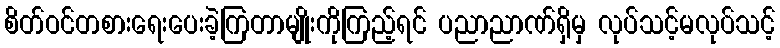
စိတ်ဝင်တစားရေးပေးခဲ့ကြတာမျိုးကိုကြည့်ရင် ပညာညာဏ်ရှိမှ လုပ်သင့်မလုပ်သင့်